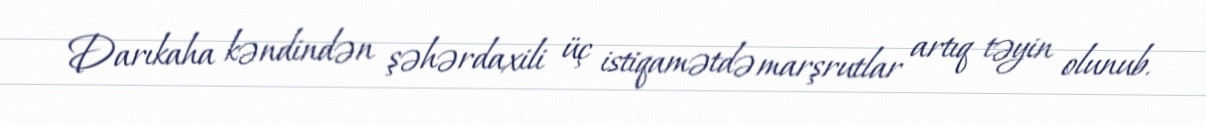
Darıkaha kəndindən şəhərdaxili üç istiqamətdə marşrutlar artıq təyin olunub.